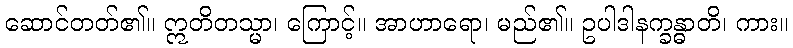
ဆောင်တတ်၏။ ဣတိတသ္မာ၊ ကြောင့်။ အာဟာရော၊ မည်၏။ ဥပါဒါနက္ခန္ဓာတိ၊ ကား။